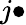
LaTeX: j\bullet